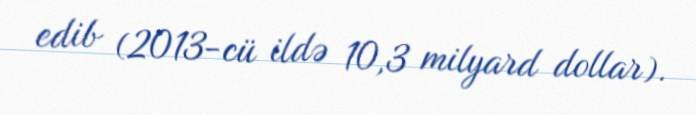
edib (2013-cü ildə 10,3 milyard dollar).